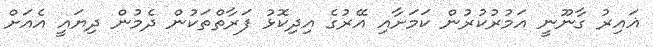
ޣައިރު ގާނޫނީ އަމުރުކުރުން ކަމަށާއި އޭރުގެ އިދިކޮޅު ފަރާތްތަކުން ދެމުން ދިޔައީ އެއަށް